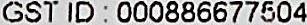
GST ID : 000886677504